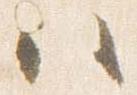
ハ